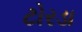
ટોરડા